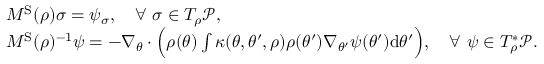
\begin{array} { r l } & { M ^ { \mathrm { S } } ( \rho ) \sigma = \psi _ { \sigma } , \quad \forall ~ \sigma \in T _ { \rho } \mathcal { P } , } \\ & { M ^ { \mathrm { S } } ( \rho ) ^ { - 1 } \psi = - \nabla _ { \theta } \cdot \Bigl ( \rho ( \theta ) \int \kappa ( \theta , \theta ^ { \prime } , \rho ) \rho ( \theta ^ { \prime } ) \nabla _ { \theta ^ { \prime } } \psi ( \theta ^ { \prime } ) \mathrm { d } \theta ^ { \prime } \Bigr ) , \quad \forall ~ \psi \in T _ { \rho } ^ { * } \mathcal { P } . } \end{array}